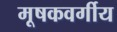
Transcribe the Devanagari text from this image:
मूषकवर्गीय